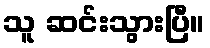
သူ ဆင်းသွားပြီ။